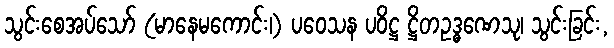
သွင်းစေအပ်သော် (မာနေမကောင်း၊) ပဝေသန ပဝိဋ္ဌ ဋ္ဌိတဥဒ္ဓဏေသု၊ သွင်းခြင်း,